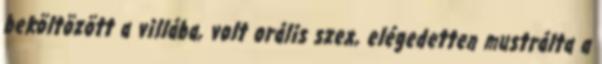
beköltözött a villába, volt orális szex, elégedetten mustrálta a